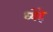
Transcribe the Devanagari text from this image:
ध्येहे